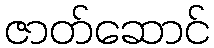
ဇာတ်ဆောင်